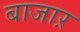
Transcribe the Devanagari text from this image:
बाजाऱ